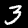
Digit: 3